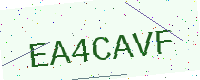
Text: EA4CAVF